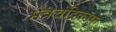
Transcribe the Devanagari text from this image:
मंत्रचंद्रिकाफ